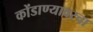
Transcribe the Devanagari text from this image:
कोंडाण्यावरचा